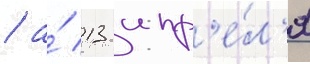
/ а́ 13 апр'е́л'я